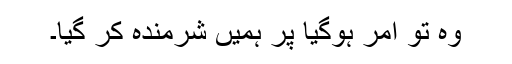
وہ تو امر ہوگیا پر ہمیں شرمندہ کر گیا۔